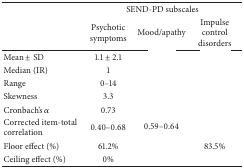
<table><thead><tr><td>[EMPTY_CELL]</td><td colspan="3"><b>SEND-PD subscales</b></td></tr><tr><td>[EMPTY_CELL]</td><td><b>Psychotic symptoms</b></td><td><b>Mood/apathy</b></td><td><b>Impulse control disorders</b></td></tr></thead><tbody><tr><td>Mean ± SD</td><td>1.1 ± 2.1</td><td>[EMPTY_CELL]</td><td>[EMPTY_CELL]</td></tr><tr><td>Median (IR)</td><td>1</td><td>[EMPTY_CELL]</td><td>[EMPTY_CELL]</td></tr><tr><td>Range</td><td>0–14</td><td>[EMPTY_CELL]</td><td>[EMPTY_CELL]</td></tr><tr><td>Skewness</td><td>3.3</td><td>[EMPTY_CELL]</td><td>[EMPTY_CELL]</td></tr><tr><td>Cronbach's <i>α</i></td><td>0.73</td><td>[EMPTY_CELL]</td><td>[EMPTY_CELL]</td></tr><tr><td>Corrected item-total correlation</td><td>0.40–0.68</td><td>0.59–0.64</td><td>[EMPTY_CELL]</td></tr><tr><td>Floor effect (%)</td><td>61.2%</td><td>[EMPTY_CELL]</td><td>83.5%</td></tr><tr><td>Ceiling effect (%)</td><td>0%</td><td>[EMPTY_CELL]</td><td>[EMPTY_CELL]</td></tr></tbody></table>